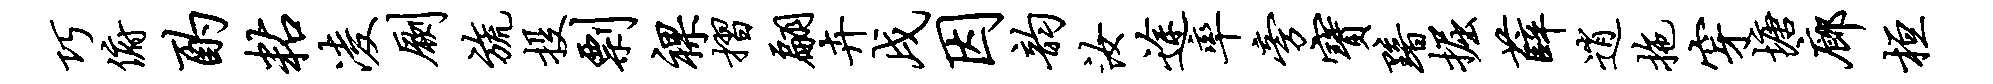
巧俯酌粘凌劂旒投剽裸摺翩卉戌因韵汝途率旁宝黯掘薛逍拖穿塘廊桓